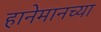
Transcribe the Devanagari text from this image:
हानेमानच्या